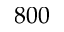
8 0 0